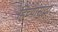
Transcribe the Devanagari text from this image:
हिच्यासुद्धा